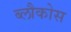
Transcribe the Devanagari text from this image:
ब्लौकोस